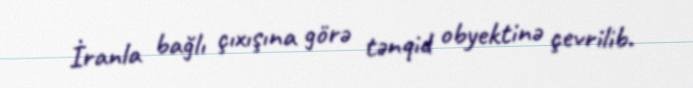
İranla bağlı çıxışına görə tənqid obyektinə çevrilib.